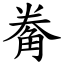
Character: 觠